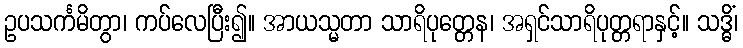
ဥပသင်္ကမိတွာ၊ ကပ်လေပြီး၍။ အာယသ္မတာ သာရိပုတ္တေန၊ အရှင်သာရိပုတ္တရာနှင့်။ သဒ္ဓိံ၊